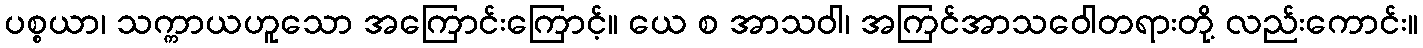
ပစ္စယာ၊ သက္ကာယဟူသော အကြောင်းကြောင့်။ ယေ စ အာသဝါ၊ အကြင်အာသဝေါတရားတို့ လည်းကောင်း။